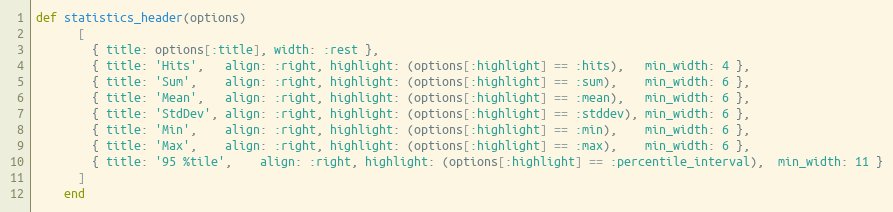
Language: Ruby
def statistics_header(options)
      [
        { title: options[:title], width: :rest },
        { title: 'Hits',   align: :right, highlight: (options[:highlight] == :hits),   min_width: 4 },
        { title: 'Sum',    align: :right, highlight: (options[:highlight] == :sum),    min_width: 6 },
        { title: 'Mean',   align: :right, highlight: (options[:highlight] == :mean),   min_width: 6 },
        { title: 'StdDev', align: :right, highlight: (options[:highlight] == :stddev), min_width: 6 },
        { title: 'Min',    align: :right, highlight: (options[:highlight] == :min),    min_width: 6 },
        { title: 'Max',    align: :right, highlight: (options[:highlight] == :max),    min_width: 6 },
        { title: '95 %tile',    align: :right, highlight: (options[:highlight] == :percentile_interval),  min_width: 11 }
      ]
    end